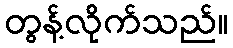
တွန့်လိုက်သည်။